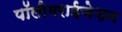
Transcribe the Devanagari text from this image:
पॉलीमराईजेशन